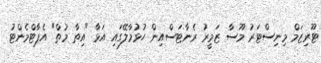
ޓޫރިޒަމް މިނިސްޓަރު މޫސާ ޒަމީރު ރެނާޓަސްއިން ހުޅުމާލޭގައި އަޅާ "އިތާ މުތް" އެޕާޓްމެންޓު